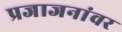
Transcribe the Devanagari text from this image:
प्रजाजनांवर